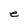
Character: e